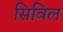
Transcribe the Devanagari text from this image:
सिविल